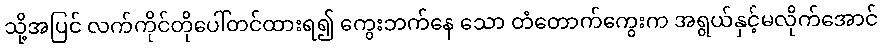
သို့အပြင် လက်ကိုင်တိုပေါ်တင်ထားရ၍ ကွေးဘက်နေ သော တံတောက်ကွေးက အရွယ်နှင့်မလိုက်အောင်